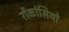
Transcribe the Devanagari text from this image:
रोंकांसियो